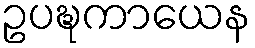
ဥပဍ္ဎကာယေန